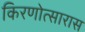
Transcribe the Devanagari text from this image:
किरणोत्सारास